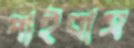
পাইবাস